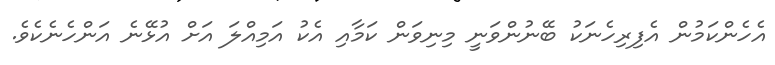
އެހެންކަމުން އެފިރިހެނަކު ބޭނުންވަނީ މިނިވަން ކަމާއި އެކު އަމިއްލަ އަށް އުޅޭނެ އަންހެނެކެވެ.